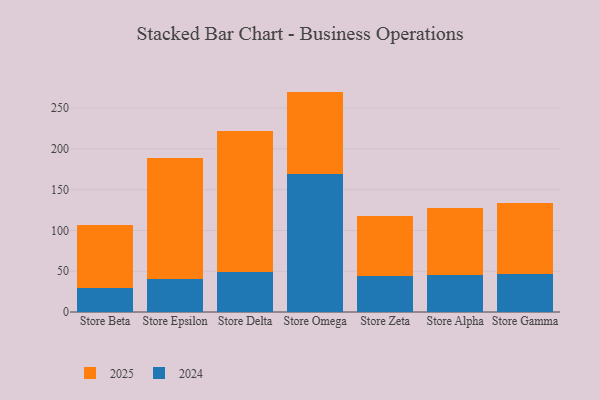
{"axis": {"x": "Store", "y": "Waste Production (Tons)"}, "legend": ["2024", "2025"], "data": [{"x": "Store Beta", "y": 28.9, "type": "2024"}, {"x": "Store Beta", "y": 77.2, "type": "2025"}, {"x": "Store Epsilon", "y": 40.5, "type": "2024"}, {"x": "Store Epsilon", "y": 148.5, "type": "2025"}, {"x": "Store Delta", "y": 48.6, "type": "2024"}, {"x": "Store Delta", "y": 173.4, "type": "2025"}, {"x": "Store Omega", "y": 168.9, "type": "2024"}, {"x": "Store Omega", "y": 101.3, "type": "2025"}, {"x": "Store Zeta", "y": 44.3, "type": "2024"}, {"x": "Store Zeta", "y": 73.0, "type": "2025"}, {"x": "Store Alpha", "y": 45.3, "type": "2024"}, {"x": "Store Alpha", "y": 81.9, "type": "2025"}, {"x": "Store Gamma", "y": 47.1, "type": "2024"}, {"x": "Store Gamma", "y": 86.5, "type": "2025"}]}